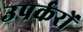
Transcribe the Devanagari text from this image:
उपर्करों